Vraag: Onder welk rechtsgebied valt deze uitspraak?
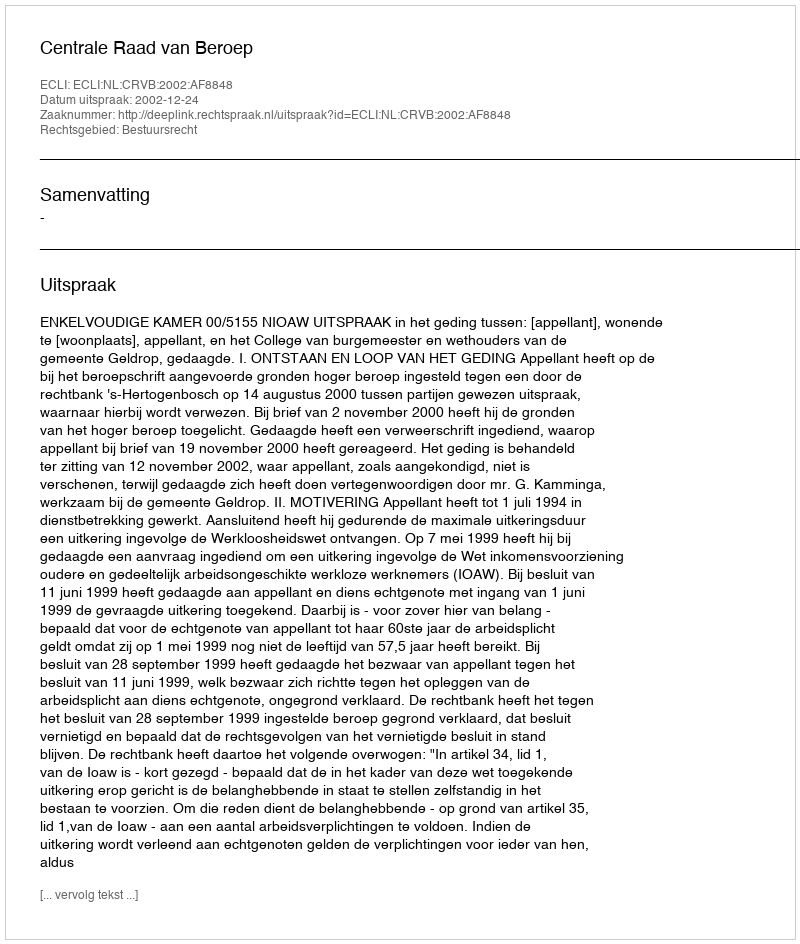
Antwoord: Bestuursrecht